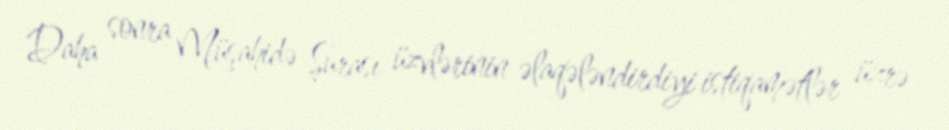
Daha sonra Müşahidə Şurası üzvlərinin əlaqələndirdiyi istiqamətlər üzrə